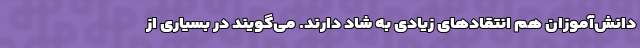
دانش‌آموزان هم انتقادهای زیادی به شاد دارند. می‌گویند در بسیاری از